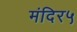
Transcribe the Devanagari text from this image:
मंदिर५